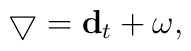
\bigtriangledown =  {\bf d}_{t} + \omega ,